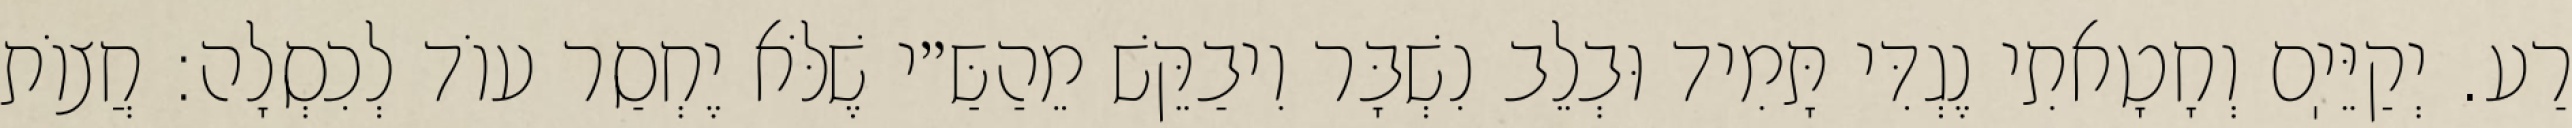
רַע. יְקַיֵּיֽם וְחָטָאתִי נֶגְדִּי תָּמִיד וּבְלֵב נִשְׁבָּר וִיבַקֵּשׁ מֵהַשַּ״י שֶׁלֹּא יֶחְסַר עוֹד לְכִסְלָה: חֲצוֹת